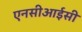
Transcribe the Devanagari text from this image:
एनसीआईसी